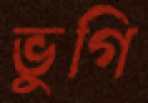
ভুগি